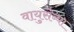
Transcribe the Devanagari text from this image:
वायुसेब्वा